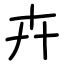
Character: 𠦄